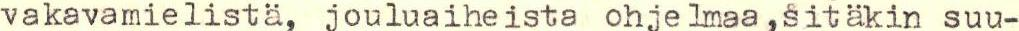
vakavamielistä, jouluaiheista ohjelmaa,sitäkin suu-